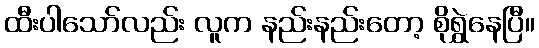
ထီးပါသော်လည်း လူက နည်းနည်းတော့ စိုရွှဲနေပြီ။